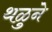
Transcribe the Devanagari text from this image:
थळुने